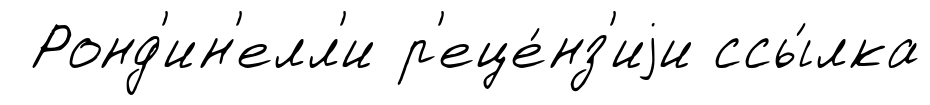
Ронд'ин'елл'и р'еце́нз'иjи ссы́лка